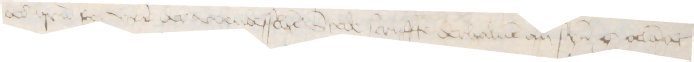
des herrn ko: upp der wendesschen Stede scriffte derhaluen an synen g gelanget